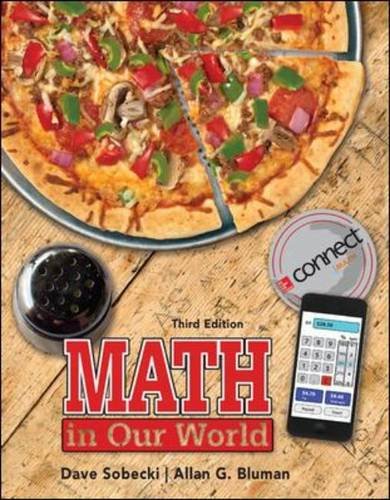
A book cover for Math in Our World; David Sobecki; Science & Math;